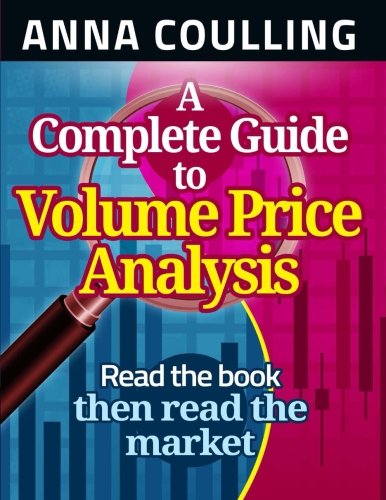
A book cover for A Complete Guide To Volume Price Analysis; Anna Coulling; Business & Money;